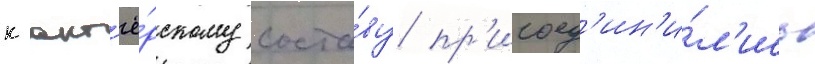
к акт'ё́рскому соста́ву пр'исоед'ин'и́л'ись